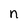
Character: n